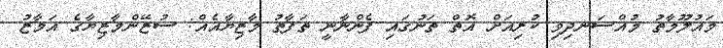
މައުލޫމާތު މުއްސަނދިވި ކުރިއަށް އޮތް ތަނުގައި ފެންނާނީ ތަފާތު މާޒިޔާއެއް: ސުޒޭންމާޒިޔާގެ އަމާޒު